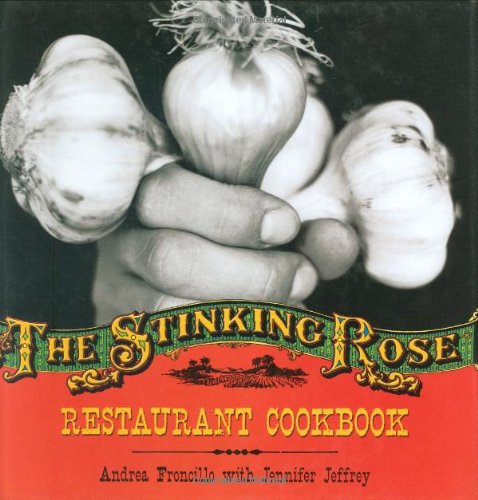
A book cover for The Stinking Rose Restaurant Cookbook; Andrea Froncillo; Cookbooks, Food & Wine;